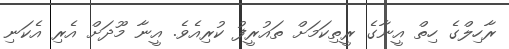
ރާހިލްގެ ހިތް އީނާގެ ރީތިކަމަށް ތައުރީފު ކުރިއެވެ. އީނާ މޫދަށް އެރި އެކަނި